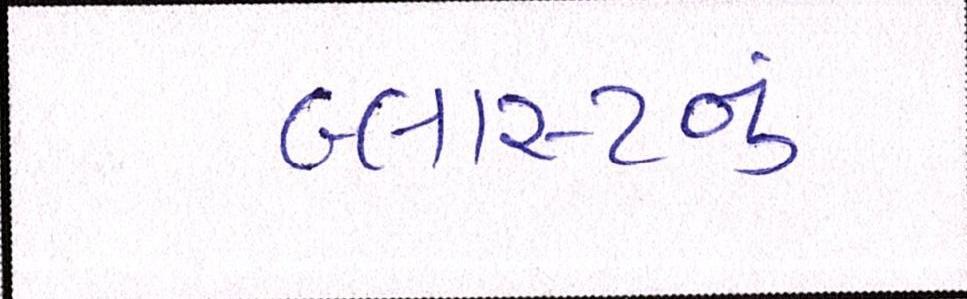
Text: બ્લાસ્ટનું